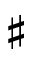
\sharp